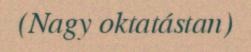
(Nagy oktatástan)